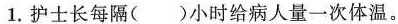
1.护士长每隔( )小时给病人量一次体温。